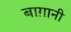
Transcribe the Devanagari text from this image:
बाग़ानी